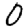
Digit: 0